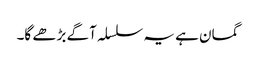
گمان ہے یہ سلسلہ آگے بڑھے گا۔